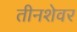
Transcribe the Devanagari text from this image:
तीनशेवर